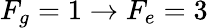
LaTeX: F_{g}=1\rightarrow F_{e}=3